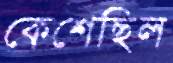
কেশেছিল